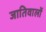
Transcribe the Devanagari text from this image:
जातिवालों